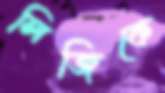
লিজিকে